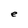
Character: e